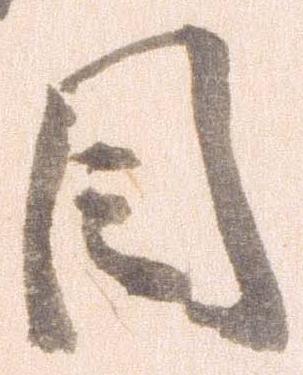
目